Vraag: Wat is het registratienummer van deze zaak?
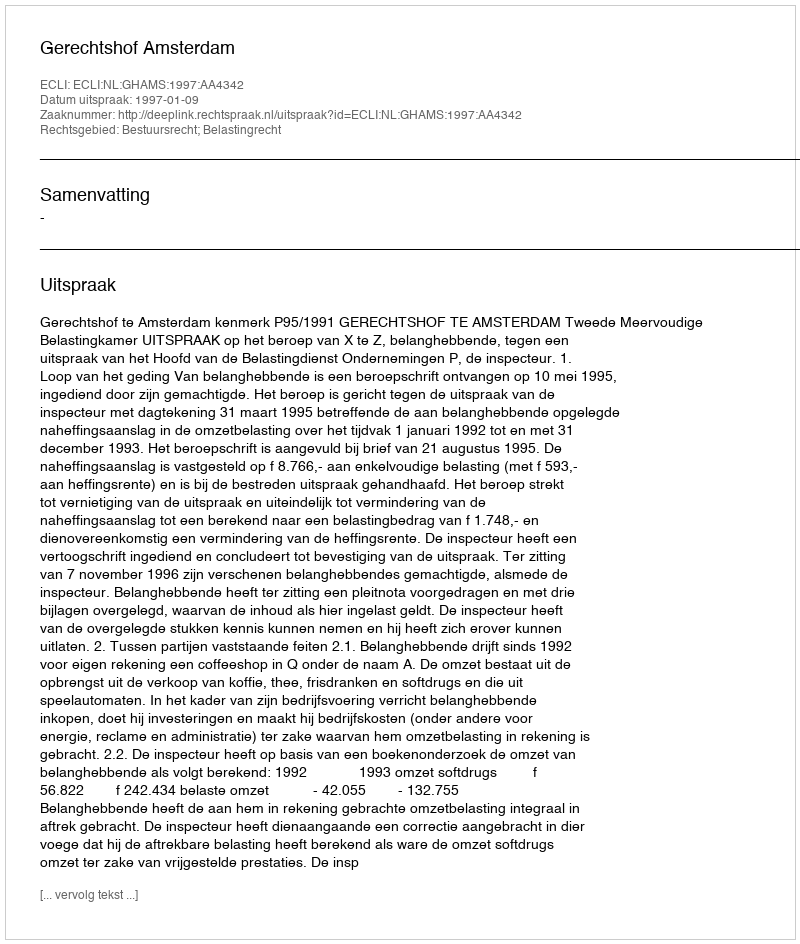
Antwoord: http://deeplink.rechtspraak.nl/uitspraak?id=ECLI:NL:GHAMS:1997:AA4342